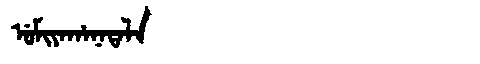
Manchu: ᡠᠮᡳᠶᠠᡥᠠᠨᠠᡨᠠᠯᠠ
Romanization: UMIYAHANATALA